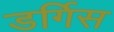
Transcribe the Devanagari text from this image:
डर्गिस